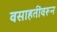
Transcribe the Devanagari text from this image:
वसाहतींवरून